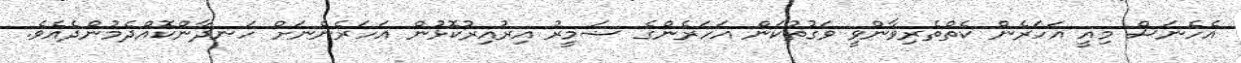
އެހެނަސް މިއީ އަހަރެން ކެތްތެރިވާންވީ ވަގުތުކަން އަހަރެންގެ ޟަމީރު އިރުއިރުކޮޅުން އަހަރެންނަށް ހަނދާންކޮއްދެމުންދެއެވެ.